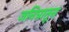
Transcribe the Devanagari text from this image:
जनित्रातून